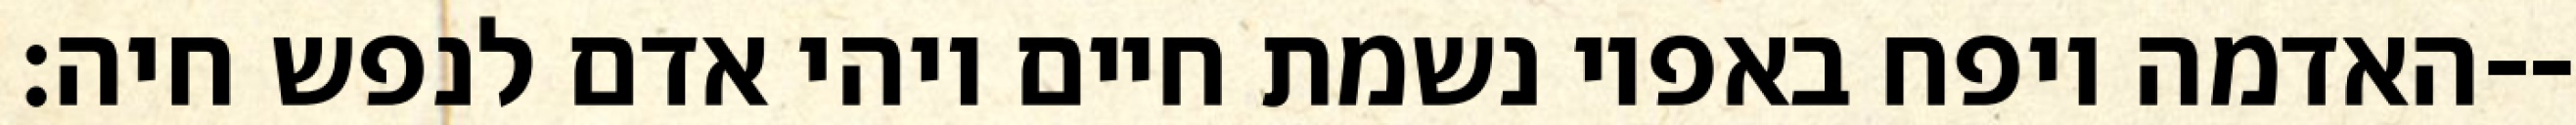
האדמה ויפח באפיו נשמת חיים ויהי אדם לנפש חיה׃--